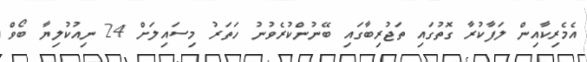
އެމެރިކާއިން ލަފާކުރާ ގޮތުގައި ތަޖުރިބާގައި ބޭނުންކުރެވުުނު ހަތަރު މިސައިލަށް 24 ނިއުކުލިޔާ ބޯވް